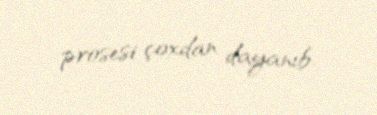
prosesi çoxdan dayanıb.